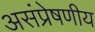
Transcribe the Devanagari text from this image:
असंप्रेषणीय